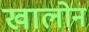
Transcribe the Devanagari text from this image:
खालोन